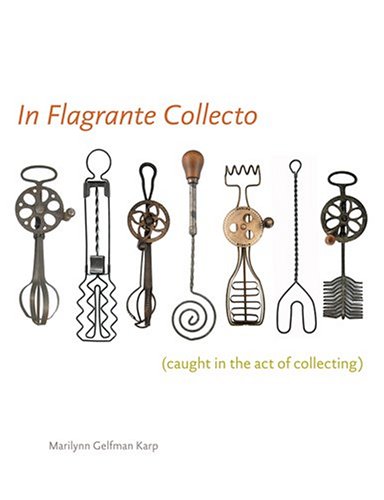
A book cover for In Flagrante Collecto (Caught in the Act of Collecting); Marilynn Gelfman Karp; Humor & Entertainment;